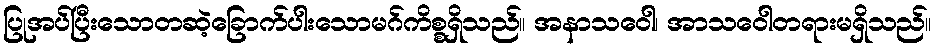
ပြုအပ်ပြီးသောတဆဲ့ခြောက်ပါးသောမဂ်ကိစ္စရှိသည်။ အနာသဝေါ၊ အာသဝေါတရားမရှိသည်။